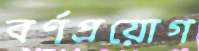
বর্ণপ্রয়োগ